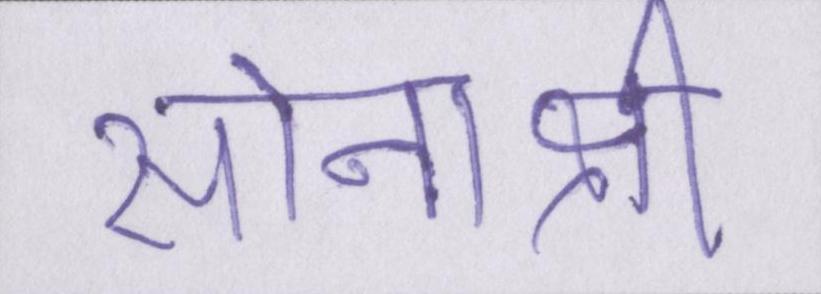
सोनाक्षी